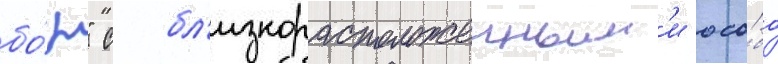
бо́р" с бл'изкорасположенным'и осо́бо